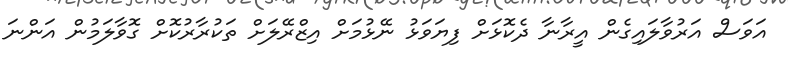
އަވަސް އަރުވާލައިގެން އީރާނާ ދެކޮޅަށް ފިޔަވަޅު ނޭޅުމަށް އިޒްރޭލަށް ތަކުރާރުކޮށް ގޮވާލަމުން އަންނަ